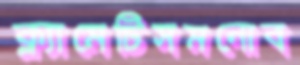
ক্ল্যামেটিসমনোব